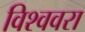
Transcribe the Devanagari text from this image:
विश्ववरा